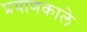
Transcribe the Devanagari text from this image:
प्रयाणकाले